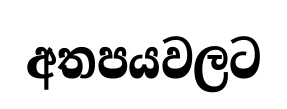
අතපයවලට